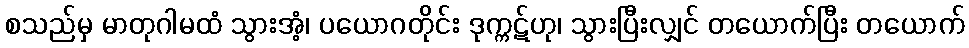
စသည်မှ မာတုဂါမထံ သွားအံ့၊ ပယောဂတိုင်း ဒုက္ကဋ်ဟု၊ သွားပြီးလျှင် တယောက်ပြီး တယောက်